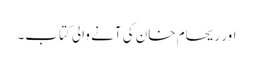
اور ریحام خان کی آنے والی کتاب۔